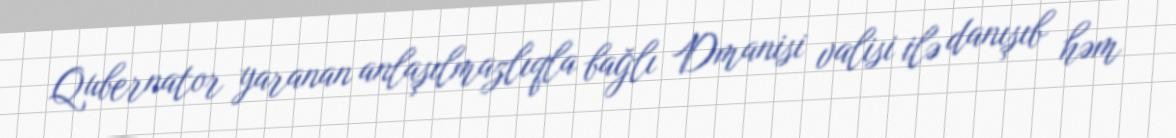
Qubernator yaranan anlaşılmazlıqla bağlı Dmanisi valisi ilə danışıb həm